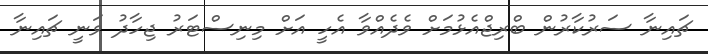
ޗައިނާ ސަރުކާރުން ބްރިޖްއެޅުމަށް ވެދެއްވާ އެހީ އަށް މިނިސްޓަރު ޖިހާދު ވަނީ ޗައިނާ